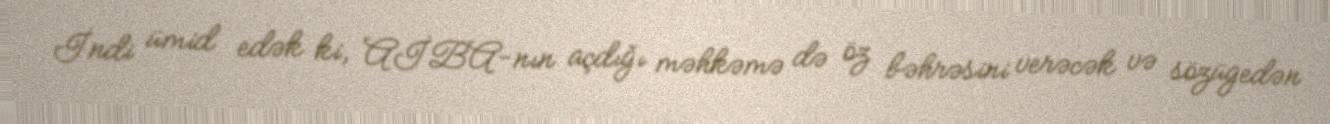
İndi ümid edək ki, AİBA-nın açdığı məhkəmə də öz bəhrəsini verəcək və sözügedən